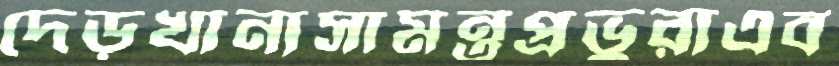
দেড়খানাসামন্তপ্রভুরাএব